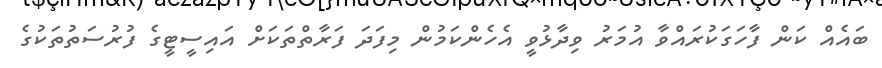
ބައެއް ކަން ފާހަގަކުރައްވާ އުމަރު ވިދާޅުވީ އެހެންކަމުން މިފަދަ ފަރާތްތަކަށް އައިސީޓީގެ ފުރުސަތުތަކުގެ